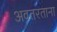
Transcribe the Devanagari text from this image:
अवतरताना